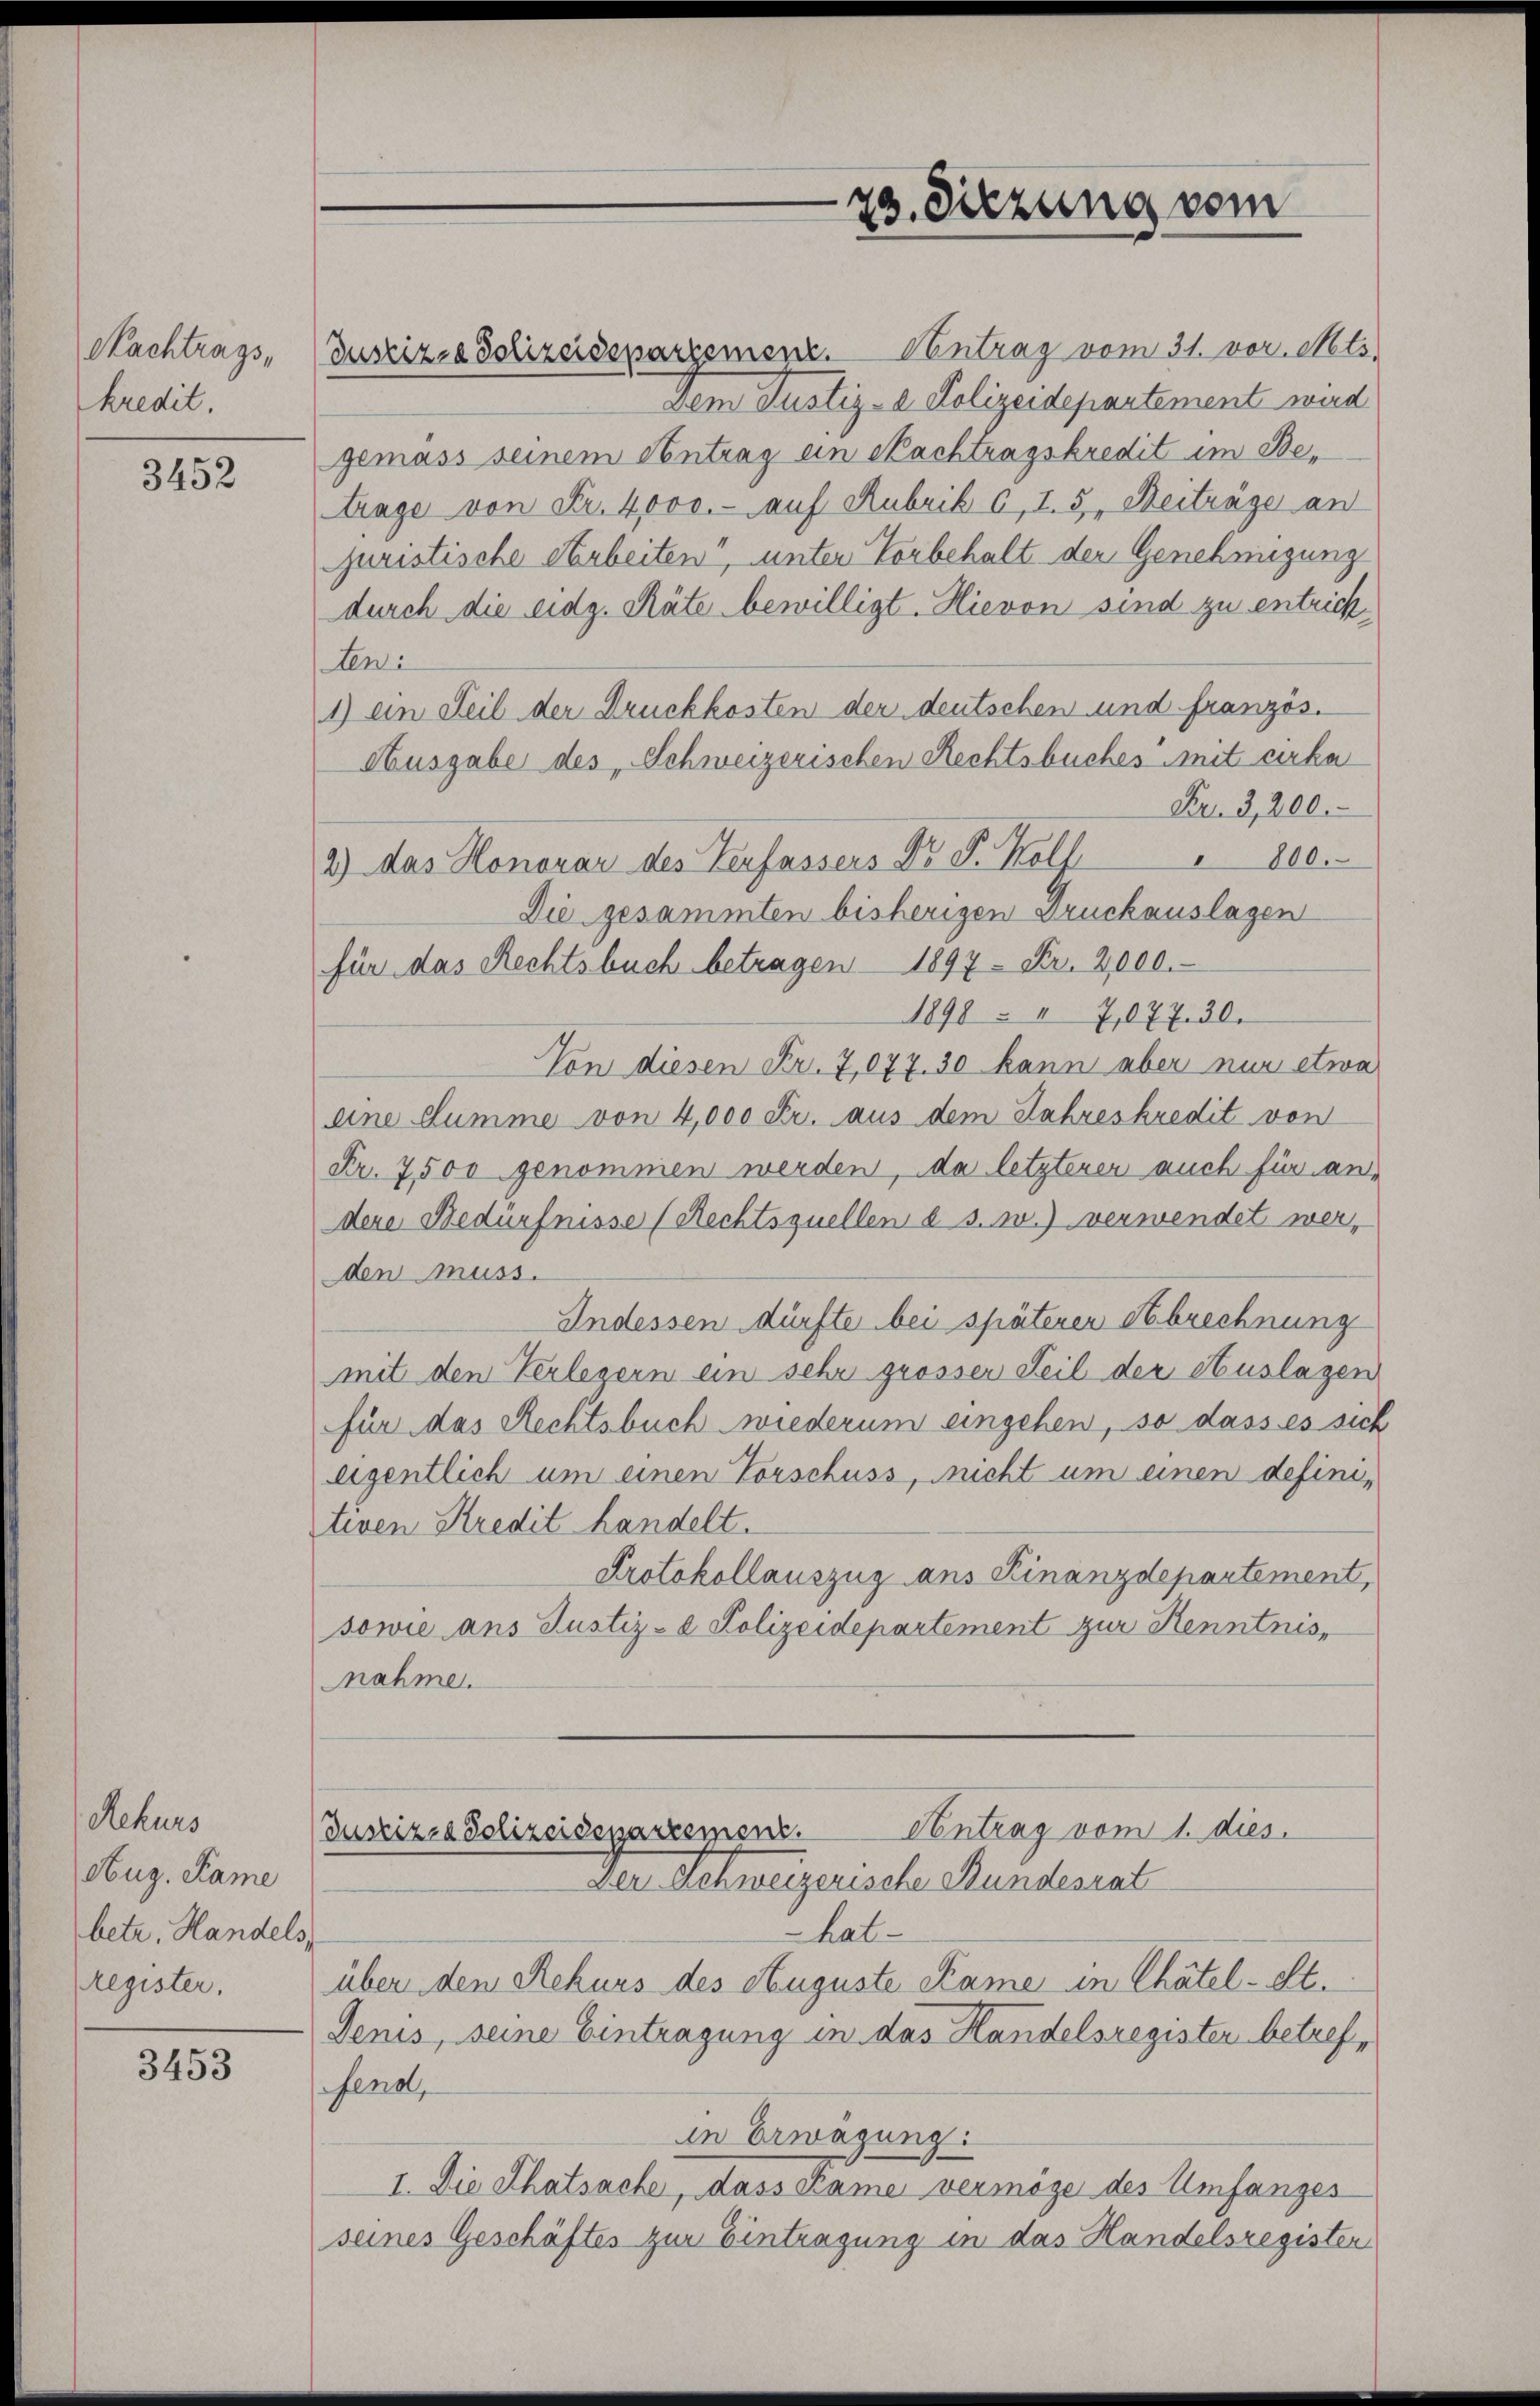
Nachtrags,
kredit

3452

Rekurs
Aug. Kame
betr. Handels,
Register.

3453

Justiz- & Polizeidepartement. Centrag vom 31. vor. Mts.
Dem Justiz- & Polizeidepartement wird
gemäss seinem Antrag ein Nachtragskredit im Betrage von Fr. 4000.- auf Rubrik 6, I. 5. Beitrage an
juristische Arbeiten, unter Vorbehalt der Genehmigung
durch die eidg. Räte bewilligt. Hievon sind zu entrichten:
1) ein Teil der Druckkosten der deutschen und französ.
Ausgabe des „Schweizerischen Rechtsbuches mit cirka
Fr. 3,200.
2) das Honorar des Verfassers Dr J. Koll " 800.
Die gesammten bisherigen Druckauslagen
für das Rechtsbuch betragen 1897 Fr. 2,000.
1898 - 17,077. 30.
Von diesen Fr. 7,077. 30 kann aber nur etwa
eine Summe von 4,000 Fr. aus dem Jahreskredit von
Fr. 7500 genommen werden, da letzterer auch für andene Bedürfnisse (Rechtsquellen d s. w.) verwendet werden muss.
Indessen dürfte bei späteren Gebrechnung
mit den Verlegern ein sehr grossen Teil der Auslagen
für das Rechtsbuch wiederum eingehen, so dass es sich
eigentlich um einen Vorschuss, nicht um einen definitiven Kredit handelt.
Protokollauszug ans Finanzdepartement,
sowie ans Justiz- & Polizeidepartement zur Kenntnis,
nahme.

hatüber den Rekurs des Auguste Kame in Chätel-St.
Jenis, seine Eintragung in das Handelsregister betreffend,
in Erwägung:
I. Die Thatsache, dass Kame vermöge des Umfanges
seines Geschäftes zur Eintragung in das Handelsregisten

29. Sitzung vom

Antrag vom 1. dies
Justizza Polizeidenartement.
Der Schweizerische Bundesrat